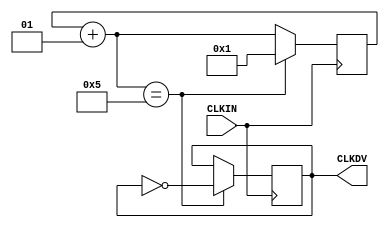
// $Header: /devl/xcs/repo/env/Databases/CAEInterfaces/verunilibs/data/uni9000/CLK_DIV8.v,v 1.7 2008/05/01 20:24:36 vandanad Exp $
///////////////////////////////////////////////////////////////////////////////
// Copyright (c) 1995/2004 Xilinx, Inc.
// All Right Reserved.
///////////////////////////////////////////////////////////////////////////////
//   ____  ____
//  /   /\/   /
// /___/  \  /    Vendor : Xilinx
// \   \   \/     Version : 8.2i (I.28)
//  \   \         Description : Xilinx Functional Simulation Library Component
//  /   /                  Global Clock Divider
// /___/   /\     Filename : CLK_DIV8.v
// \   \  /  \    Timestamp : Thu Mar 25 16:41:49 PST 2004
//  \___\/\___\
//
// Revision:
//    03/23/04 - Initial version.
//    07/23/05 - Request form XST scripts to change parameter CLK_DIVIDE to DIVIDE_BY
//    02/22/06 - CR#226003 - Added integer, real parameter type
// End Revision
//    05/23/07 - Changed timescale to 1 ps / 1 ps.

`timescale 1 ps / 1 ps

module CLK_DIV8 (CLKDV,CLKIN);


input CLKIN;
output CLKDV;
reg CLKDV;

localparam integer DIVIDE_BY = 8;

integer CLOCK_DIVIDER;

initial begin
 CLOCK_DIVIDER = 0;
 CLKDV = 1'b0;
end

always @(posedge CLKIN)
begin
 CLOCK_DIVIDER = CLOCK_DIVIDER + 1;
	if (CLOCK_DIVIDER == (DIVIDE_BY/2 + 1)) 
	begin
	CLOCK_DIVIDER = 1;
	CLKDV = ~CLKDV;
	end
end

endmodule